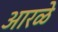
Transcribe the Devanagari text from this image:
आरळे